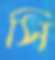
সি